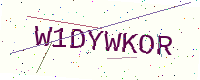
Text: W1DYWKOR